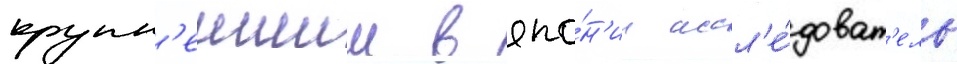
крупн'еишии в япо́н'ии иссл'е́доват'ель